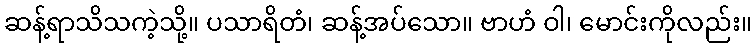
ဆန့်ရာသိသကဲ့သို့။ ပသာရိတံ၊ ဆန့်အပ်သော။ ဗာဟံ ဝါ၊ မောင်းကိုလည်း။